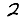
Digit: 2